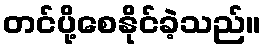
တင်ပို့စေနိုင်ခဲ့သည်။